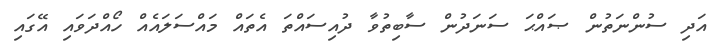
އަދި ސުންނަތުން ޞައްޙަ ސަނަދުން ސާބިތުވާ ދުއިސައްތަ އެތައް މައްސަލައެއް ހޯއްދަވައި އޭގައި